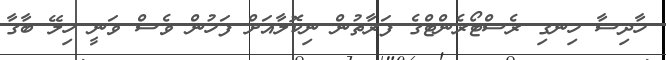
ހާދިސާ ހިނގި ރެސްޓޯރެންޓްގެ ފަރާތުން ނިކޮލާއަށް ފަހުން ވެސް ވަނީ ހިލޭ ބާގާ